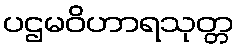
ပဌမဝိဟာရသုတ္တ